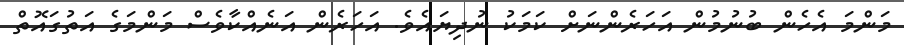
މަންމަ އެހެން ބުނުމުން އަހަރެންނަށް ކަމަކު ނުދިޔައެވެ. އަހަރެން އަނެއްކާވެސް މަންމަގެ އަތުގައޮތް